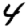
Digit: 4